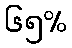
၆၅%